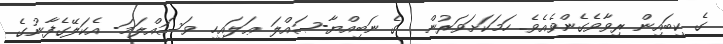
ގެ ކިބައިން ރިވާވެގެންވެއެވެ. ހަމަކަށަވަރުން  ގެ ނަބިއްޔާ-ޞައްލަ ޢަލައިހި ވަސައްލަމަ- އެކަލޭގެފާނުގެ